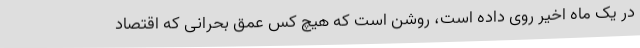
در یک ماه اخیر روی داده است، روشن است که هیچ کس عمق بحرانی که اقتصاد